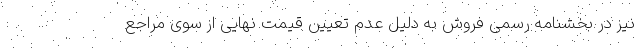
نیز در بخشنامه رسمی فروش به دلیل عدم تعیین قیمت نهایی از سوی مراجع